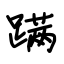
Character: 蹒